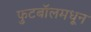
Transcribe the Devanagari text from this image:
फुटबॉलमधून